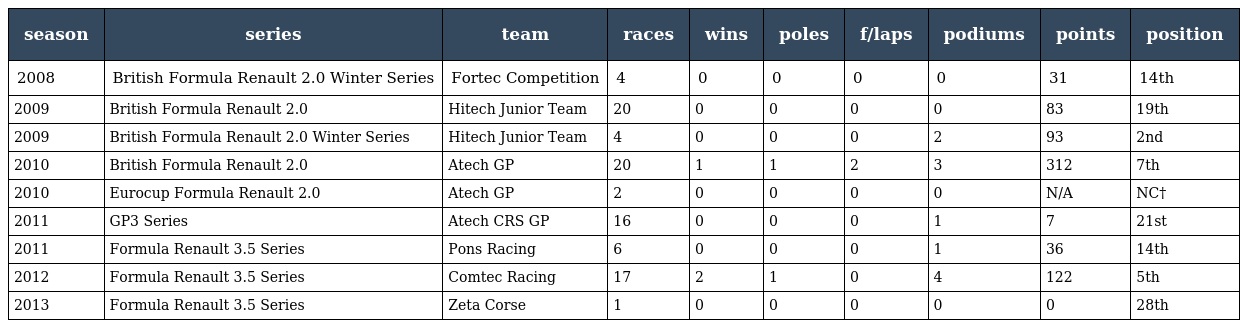
| season | series | team | races | wins | poles | f/laps | podiums | points | position |
 | --- | --- | --- | --- | --- | --- | --- | --- | --- | --- |
 | 2008 | British Formula Renault 2.0 Winter Series | Fortec Competition | 4 | 0 | 0 | 0 | 0 | 31 | 14th |
 | 2009 | British Formula Renault 2.0 | Hitech Junior Team | 20 | 0 | 0 | 0 | 0 | 83 | 19th |
 | 2009 | British Formula Renault 2.0 Winter Series | Hitech Junior Team | 4 | 0 | 0 | 0 | 2 | 93 | 2nd |
 | 2010 | British Formula Renault 2.0 | Atech GP | 20 | 1 | 1 | 2 | 3 | 312 | 7th |
 | 2010 | Eurocup Formula Renault 2.0 | Atech GP | 2 | 0 | 0 | 0 | 0 | N/A | NC† |
 | 2011 | GP3 Series | Atech CRS GP | 16 | 0 | 0 | 0 | 1 | 7 | 21st |
 | 2011 | Formula Renault 3.5 Series | Pons Racing | 6 | 0 | 0 | 0 | 1 | 36 | 14th |
 | 2012 | Formula Renault 3.5 Series | Comtec Racing | 17 | 2 | 1 | 0 | 4 | 122 | 5th |
 | 2013 | Formula Renault 3.5 Series | Zeta Corse | 1 | 0 | 0 | 0 | 0 | 0 | 28th |